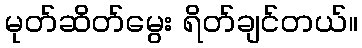
မုတ်ဆိတ်မွေး ရိတ်ချင်တယ်။